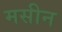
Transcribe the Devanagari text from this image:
मसीन